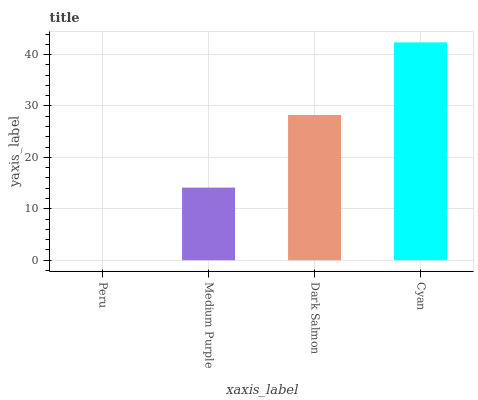
| xaxis_label | bars |
 | --- | --- |
 | Peru | 0 |
 | Medium Purple | 14.1 |
 | Dark Salmon | 28.2 |
 | Cyan | 42.4 |